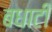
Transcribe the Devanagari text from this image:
बधाटी